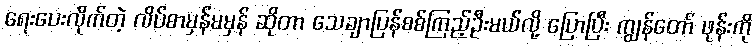
ရေးပေးလိုက်တဲ့ လိပ်စာမှန်မမှန် ဆိုတာ သေချာပြန်စစ်ကြည့်ဦးမယ်လို့ ပြောပြီး ကျွန်တော် ဖုန်းကို